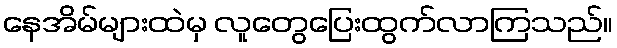
နေအိမ်များထဲမှ လူတွေပြေးထွက်လာကြသည်။